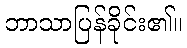
ဘာသာပြန်ခိုင်း၏။